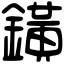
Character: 鐄